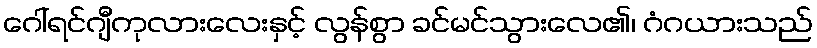
ဂေါ်ရင်ဂျီကုလားလေးနှင့် လွန်စွာ ခင်မင်သွားလေ၏၊ ဂံဂယားသည်